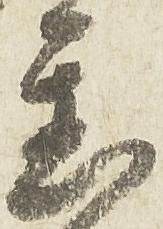
置